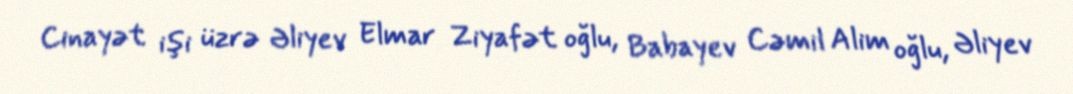
Cinayət işi üzrə Əliyev Elmar Ziyafət oğlu, Babayev Cəmil Alim oğlu, Əliyev